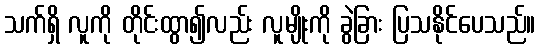
သက်ရှိ လူကို တိုင်းထွာ၍လည်း လူမျိုးကို ခွဲခြား ပြသနိုင်ပေသည်။